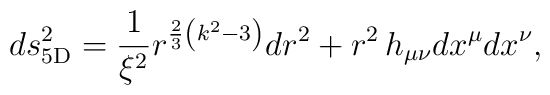
ds_{\rm 5D}^2={1\over \xi^2}r^{{2\over 3}\left(k^2-3\right)}dr^2+r^2\,h_{\mu\nu}dx^{\mu}dx^{\nu},